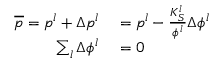
\begin{array} { r l } { \overline { { p } } = p ^ { l } + \Delta p ^ { l } } & { { } = p ^ { l } - \frac { K _ { S } ^ { l } } { \phi ^ { l } } \Delta \phi ^ { l } } \\ { \sum _ { l } \Delta \phi ^ { l } } & { { } = 0 } \end{array}